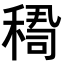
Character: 𥠫